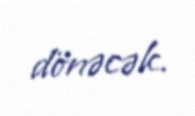
dönəcək.